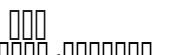
١١٣